Annual report of the Imperial Bacteriologist
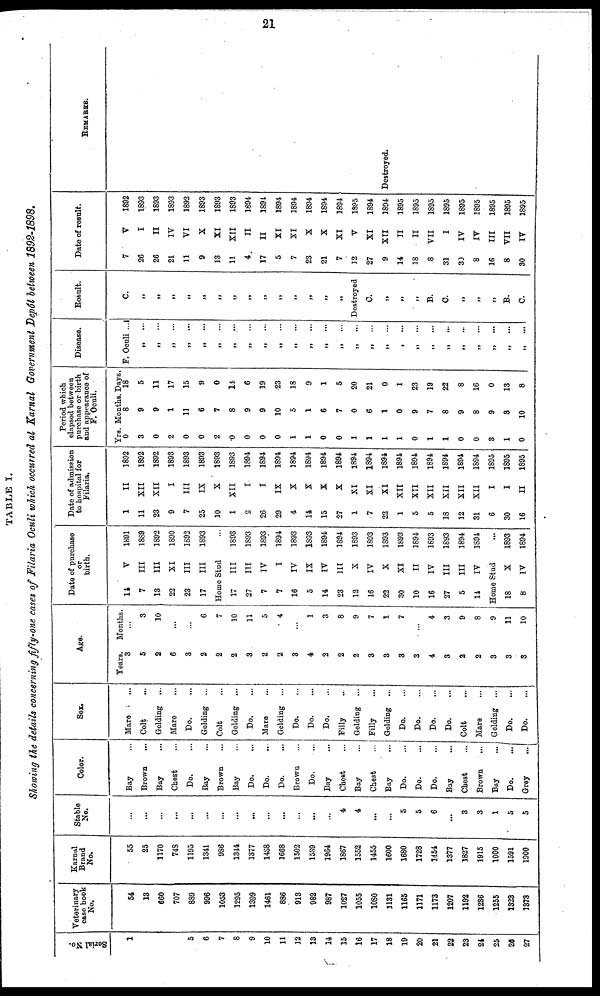
21
TABLE I.
Showing the details concerning fifty-one cases of Filaria Oculi which occurred at Karnal Government Depôt between 1892-1898.
Serial No.
1
2
3
4
5
6
7
8
9
10
11
12
13
14
15
16
17
18
19
20
21
22
23
24
25
26
27
Veterinary
case book
No.
54
13
660
707
889
996
1053
1295
1399
1461
886
913
982
987
1027
1055
1080
1131
1165
1171
1173
1207
1192
1236
1255
1323
1373
Karnal
Brand
No.
55
25
1170
748
1195
1341
986
1344
1377
1438
1668
1502
1539
1964
1867
1552
1455
1600
1680
1728
1454
1377
1827
1915
1000
1591
1900
Stable
No.
...
...
...
...
...
...
...
...
...
...
...
...
...
...
4
4
...
...
5
5
6
...
3
3
1
5
5
Color.
Bay ...
Brown
...
Bay ...
Chest ...
Do. ...
Bay ...
Brown ...
Bay ...
Do. ...
Do. ...
Do. ...
Brown ...
Do. ...
Bay ...
Chest ...
Bay ...
Chest ...
Bay ...
Do. ...
Do. ...
Do. ...
Bay ...
Chest ...
Brown
...
Bay
...
Do.
...
Grey
...
Sex.
Mare ...
Colt ...
Gelding ...
Mare ...
Do. ...
Gelding ...
Colt ...
Gelding ...
Do. ...
Mare ...
Gelding ...
Do. ...
Do. ...
Do. ...
Filly ...
Gelding ...
Filly ...
Gelding ...
Do. ...
Do. ...
Do. ...
Do. ...
Colt ...
Mare ...
Gelding ...
Do. ...
Do. ...
Age.
Years.
3
5
2
6
3
2
2
2
3
2
2
3
4
2
2
2
3
3
3
3
4
3
2
2
3
3
3
Months.
...
3
10
...
...
6
7
10
11
5
4
...
1
3
8
9
7
1
7
...
4
3
9
8
9
11
10
Date of purchase
or
birth.
14
7
13
22
23
17
Home
17
27
7
7
16
5
14
23
12
16
22
30
10
16
27
5
14
Home
18
8
V
III
III
XI
III
III
Stud
III
III
IV
I
IV
IX
IV
III
X
IV
X
XI
II
IV
III
III
IV
Stud
X
IV
1891
1889
1892
1890
1892
1893
...
1893
1893
1893
1894
1893
1893
1894
1894
1893
1893
1893
1893
1894
1893
1893
1894
1894
...
1893
1894
Date of admission
to hospital for
Filaria.
1
11
23
9
7
25
10
1
2
26
29
4
14
15
27
1
7
22
1
5
5
18
12
31
6
30
16
II
XII
XII
I
III
IX
X
XII
I
I
IX
X
X
X
X
XI
XI
XI
XII
XII
XII
XII
XII
XII
I
I
II
1892
1892
1892
1893
1893
1893
1893
1893
1894
1894
1894
1894
1894
1894
1894
1894
1894
1894
1894
1894
1894
1894
1894
1894
1895
1895
1895
Period which
elapsed between
purchase or birth
and appearance of
F.Oculi.
Yrs.
0
3
0
2
0
0
2
0
0
0
0
1
1
0
0
1
1
1
1
0
1
1
0
0
3
1
0
Months.
8
9
9
1
11
6
7
8
9
9
10
5
1
6
7
0
6
1
0
9
7
8
9
8
9
3
10
Days.
18
5
11
17
15
9
0
14
6
19
23
18
9
1
5
20
21
0
1
23
19
22
8
16
0
13
8
Disease.
F. Oculi ...
„ ...
„ ...
„ ...
„
...
„ ...
„ ...
„ ...
„ ...
„ ...
„ ...
„
...
„
...
„
...
„ ...
„ ...
„ ...
„ ...
„ ...
„
...
„ ...
„ ...
„ ...
„
...
„ ...
„
...
„
...
Result.
C.
„
„
„
„
„
„
„
„
„
„
„
„
„
„
Destroyed
C.
„
„
„
B.
C.
„
„
„
B.
C.
Date of result.
7
26
26
21
11
9
13
11
4
17
5
7
23
21
7
12
27
9
14
18
8
31
30
8
16
8
30
V
I
II
IV
VI
X
XI
XII
II
II
XI
XI
X
X
XI
V
XI
XII
II
II
VII
I
IV
IV
III
VII
IV
1892
1893
1893
1893
1892
1893
1893
1893
1894
1894
1894
1894
1894
1894
1894
1895
1894
1894
1895
1895
1895
1895
1895
1895
1895
1895
1895
REMARKS.
Destroyed.